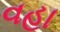
વહા